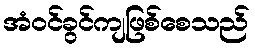
အံဝင်ခွင်ကျဖြစ်စေသည်